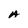
Character: A